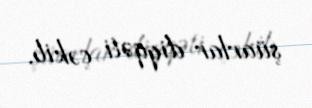
şüarlar diqqəti çəkib.